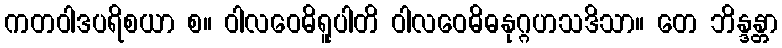
ကတဝါဒပရိစယာ စ။ ဝါလဝေဓိရူပါတိ ဝါလဝေဓိဓနုဂ္ဂဟသဒိသာ။ တေ ဘိန္ဒန္တာ